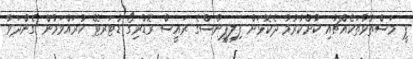
ޕީ މަސްތުވާތަކެއްޗާއި ކުށްކުރުމާ ދެކޮޅަށް ފިލިޕީންސްގެ ރައީސް ރޮޑްރިގޯ ޑުޓަރޓޭ ކުރައްވަމުން ގެންދަވާ